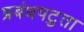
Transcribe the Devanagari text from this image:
प्रबंधपटुता